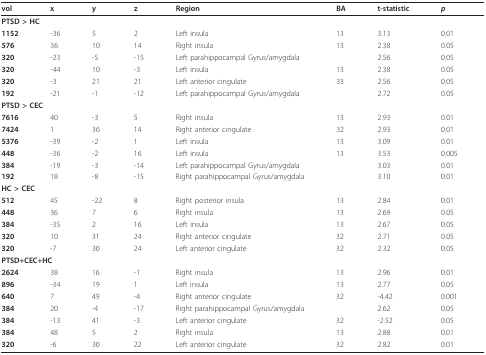
<table><thead><tr><td><b>vol</b></td><td><b>x</b></td><td><b>y</b></td><td><b>z</b></td><td><b>Region</b></td><td><b>BA</b></td><td><b>t-statistic</b></td><td><b><i>p</i></b></td></tr></thead><tbody><tr><td colspan="4"><b>PTSD &gt; HC</b></td><td></td><td></td><td></td><td></td></tr><tr><td><b>1152</b></td><td>-36</td><td>5</td><td>2</td><td>Left insula</td><td>13</td><td>3.13</td><td>0.01</td></tr><tr><td><b>576</b></td><td>36</td><td>10</td><td>14</td><td>Right insula</td><td>13</td><td>2.38</td><td>0.05</td></tr><tr><td><b>320</b></td><td>-23</td><td>-5</td><td>-15</td><td>Left parahippocampal Gyrus/amygdala</td><td></td><td>2.56</td><td>0.05</td></tr><tr><td><b>320</b></td><td>-44</td><td>10</td><td>-3</td><td>Left insula</td><td>13</td><td>2.38</td><td>0.05</td></tr><tr><td><b>320</b></td><td>-3</td><td>21</td><td>21</td><td>Left anterior cingulate</td><td>33</td><td>2.56</td><td>0.05</td></tr><tr><td><b>192</b></td><td>-21</td><td>-1</td><td>-12</td><td>Left parahippocampal Gyrus/amygdala</td><td></td><td>2.72</td><td>0.05</td></tr><tr><td colspan="4"><b>PTSD &gt; CEC</b></td><td></td><td></td><td></td><td></td></tr><tr><td><b>7616</b></td><td>40</td><td>-3</td><td>5</td><td>Right insula</td><td>13</td><td>2.93</td><td>0.01</td></tr><tr><td><b>7424</b></td><td>1</td><td>36</td><td>14</td><td>Right anterior cingulate</td><td>32</td><td>2.93</td><td>0.01</td></tr><tr><td><b>5376</b></td><td>-39</td><td>-2</td><td>1</td><td>Left insula</td><td>13</td><td>3.09</td><td>0.01</td></tr><tr><td><b>448</b></td><td>-36</td><td>-2</td><td>16</td><td>Left insula</td><td>13</td><td>3.53</td><td>0.005</td></tr><tr><td><b>384</b></td><td>-19</td><td>-3</td><td>-14</td><td>Left parahippocampal Gyrus/amygdala</td><td></td><td>3.03</td><td>0.01</td></tr><tr><td><b>192</b></td><td>18</td><td>-8</td><td>-15</td><td>Right parahippocampal Gyrus/amygdala</td><td></td><td>3.10</td><td>0.01</td></tr><tr><td colspan="4"><b>HC &gt; CEC</b></td><td></td><td></td><td></td><td></td></tr><tr><td><b>512</b></td><td>45</td><td>-22</td><td>8</td><td>Right posterior insula</td><td>13</td><td>2.84</td><td>0.01</td></tr><tr><td><b>448</b></td><td>36</td><td>7</td><td>6</td><td>Right insula</td><td>13</td><td>2.69</td><td>0.05</td></tr><tr><td><b>384</b></td><td>-35</td><td>2</td><td>16</td><td>Left insula</td><td>13</td><td>2.67</td><td>0.05</td></tr><tr><td><b>320</b></td><td>10</td><td>31</td><td>24</td><td>Right anterior cingulate</td><td>32</td><td>2.71</td><td>0.05</td></tr><tr><td><b>320</b></td><td>-7</td><td>30</td><td>24</td><td>Left anterior cingulate</td><td>32</td><td>2.32</td><td>0.05</td></tr><tr><td colspan="4"><b>PTSD+CEC+HC</b></td><td></td><td></td><td></td><td></td></tr><tr><td><b>2624</b></td><td>38</td><td>16</td><td>-1</td><td>Right insula</td><td>13</td><td>2.96</td><td>0.01</td></tr><tr><td><b>896</b></td><td>-34</td><td>19</td><td>1</td><td>Left insula</td><td>13</td><td>2.77</td><td>0.05</td></tr><tr><td><b>640</b></td><td>7</td><td>49</td><td>-4</td><td>Right anterior cingulate</td><td>32</td><td>-4.42</td><td>0.001</td></tr><tr><td><b>384</b></td><td>20</td><td>-4</td><td>-17</td><td>Right parahippocampal Gyrus/amygdala</td><td></td><td>2.62</td><td>0.05</td></tr><tr><td><b>384</b></td><td>-13</td><td>41</td><td>-3</td><td>Left anterior cingulate</td><td>32</td><td>-2.52</td><td>0.05</td></tr><tr><td><b>384</b></td><td>48</td><td>5</td><td>2</td><td>Right insula</td><td>13</td><td>2.88</td><td>0.01</td></tr><tr><td><b>320</b></td><td>-6</td><td>30</td><td>22</td><td>Left anterior cingulate</td><td>32</td><td>2.82</td><td>0.01</td></tr></tbody></table>